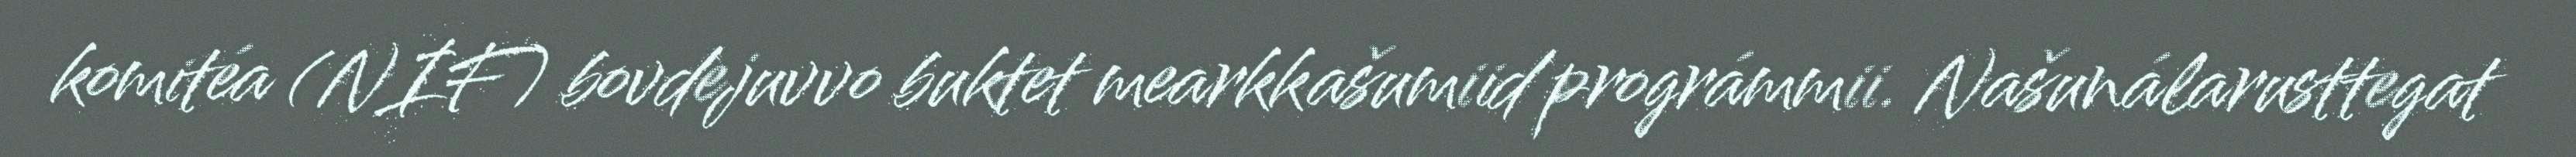
komitéa (NIF) bovdejuvvo buktet mearkkašumiid prográmmii. Našunálarusttegat